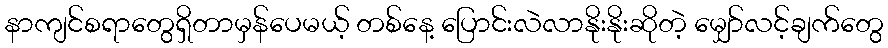
နာကျင်စရာတွေရှိတာမှန်ပေမယ့် တစ်နေ့ ပြောင်းလဲလာနိုးနိုးဆိုတဲ့ မျှော်လင့်ချက်တွေ